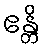
ဧန္တိ